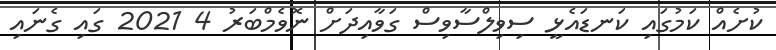
ކުށެއް ކަމުގައި ކަނޑައެޅީ ސިވިލްސާވިސް ގަވާއިދަށް ނޮވެމްބަރު 4 2021 ގައި ގެނައި